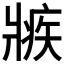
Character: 𤖏